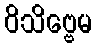
ဝိသိဗ္ဗေမ